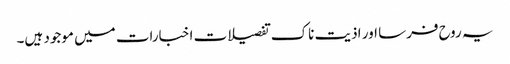
یہ روح فرسا اور اذیت ناک تفصیلات اخبارات میں موجود ہیں۔